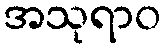
အသုရာဝ